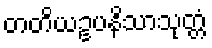
တတိယဥပနိသာသုတ္တံ